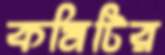
কমিটির